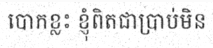
បោកខ្លះ ខ្ញុំពិតជាប្រាប់មិន